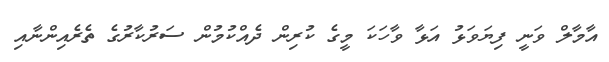
އާމާލް ވަނީ ފިޔަވަޅު އަޅާ ވާހަކަ މީގެ ކުރިން ދެއްކުމުން ސަރުކާރުގެ ތެރެއިންނާއި